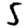
Digit: 5